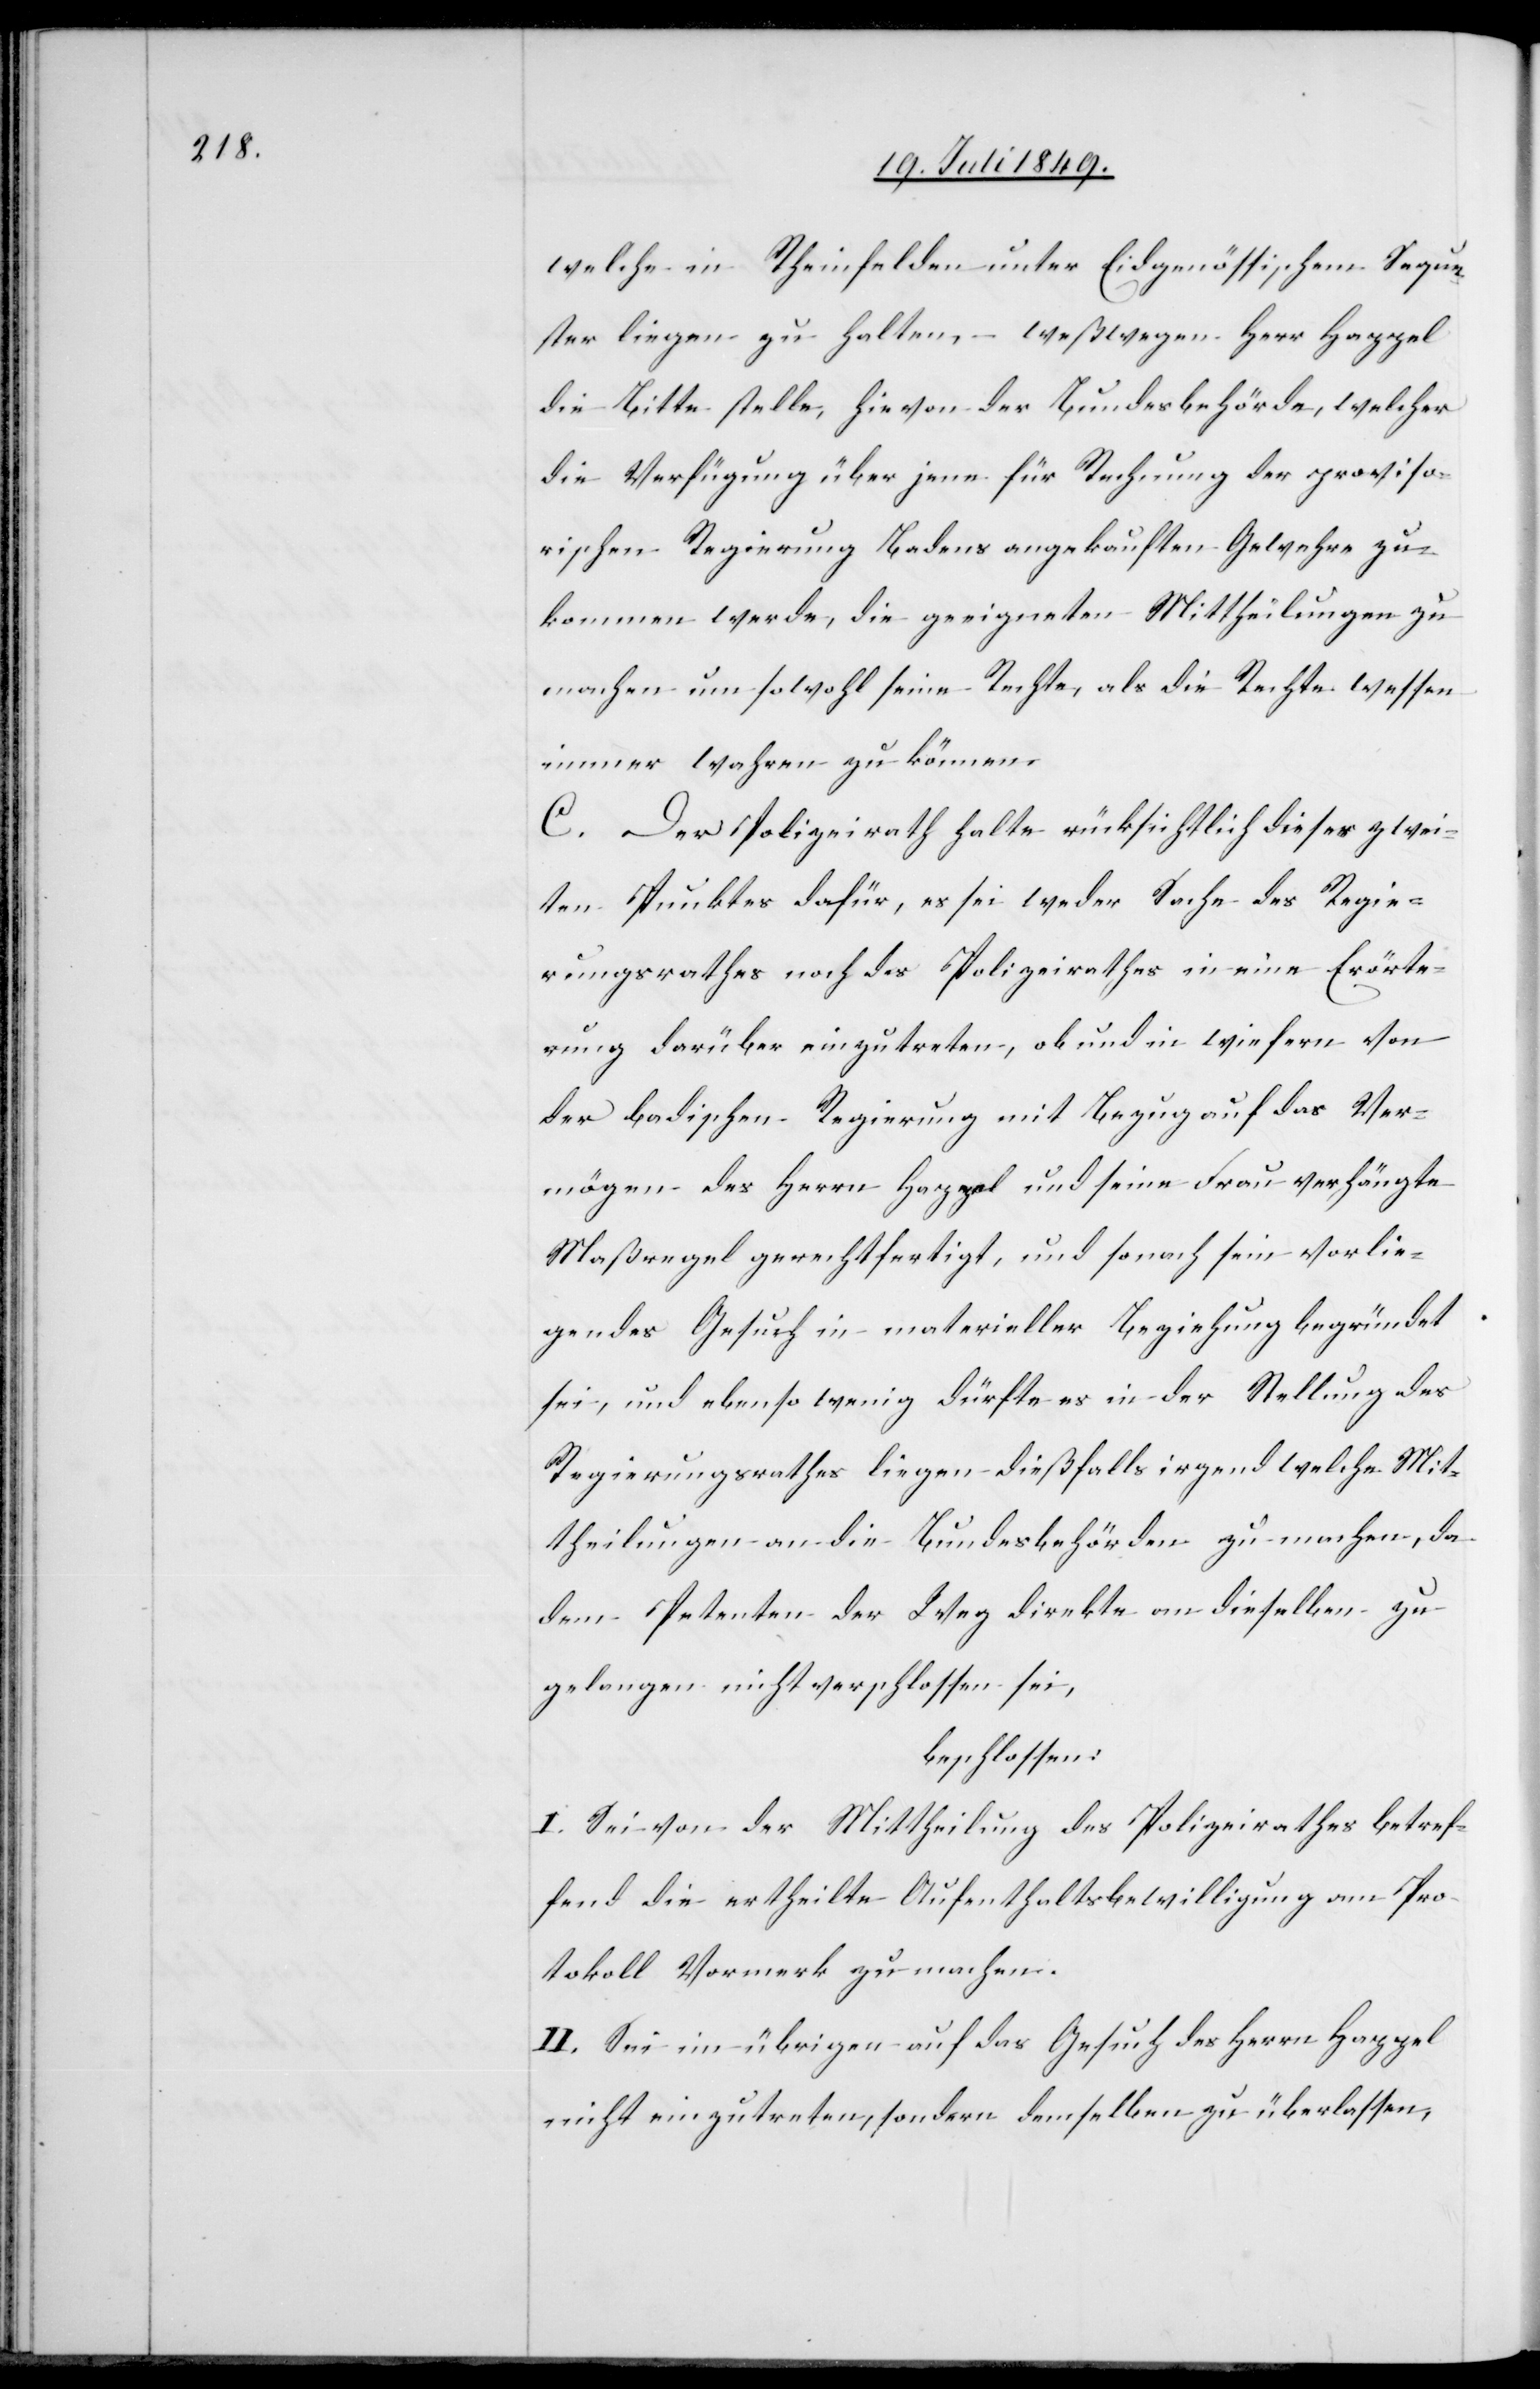
welche in Rheinfelden unter Eidgenössischem Seque¬
ster liegen zu halten, – weßwegen Herr Happel
die Bitte stelle, hievon der Bundesbehörde, welcher
die Verfügung über jene für Rechnung der proviso¬
rischen Regierung Badens angekauften Gewehre zu¬
kommen werde, die geeigneten Mittheilungen zu
machen um sowohl seine Rechte, als die Rechte wessen
immer wahren zu können.
C. Der Polizeirath halte rücksichtlich dieses zwei¬
ten Punktes dafür, es sei weder Sache des Regie¬
rungsrathes noch des Polizeirathes in eine Erörte¬
rung darüber einzutreten, ob und in wiefern von
der badischen Regierung mit Bezug auf das Ver¬
mögen des Herrn Happel und seine Frau verhängte
Maßregel gerechtfertigt, und sonach sein vorlie¬
gendes Gesuch in materieller Beziehung begründet
sei, und ebenso wenig dürfte es in der Stellung des
Regierungsrathes liegen dießfalls irgend welche Mit¬
theilungen an die Bundesbehörden zu machen, da
dem Petenten der Weg direkte an dieselben zu
gelangen nicht verschlossen sei,
beschlossen:
I. Sei von der Mittheilung des Polizeirathes betref¬
fend die ertheilte Aufenthaltsbewilligung am Pro¬
tokoll Vormerk zu machen.
II. Sei im übrigen auf das Gesuch des Herrn Happel
nicht einzutreten, sondern demselben zu überlassen,